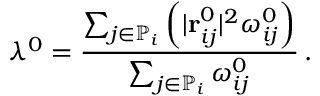
\lambda ^ { 0 } = \frac { \sum _ { j \in \mathbb { P } _ { i } } \left( \vert \mathbf { r } _ { i j } ^ { 0 } \vert ^ { 2 } \omega _ { i j } ^ { 0 } \right) } { \sum _ { j \in \mathbb { P } _ { i } } \omega _ { i j } ^ { 0 } } \, .